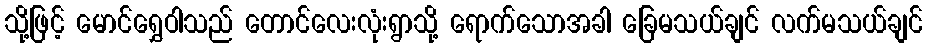
သို့ဖြင့် မောင်ရွှေဝါသည် တောင်လေးလုံးရွာသို့ ရောက်သောအခါ ခြေမသယ်ချင် လက်မသယ်ချင်